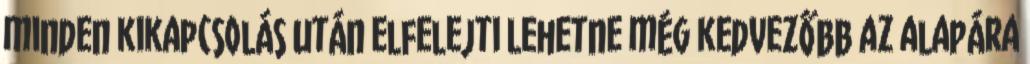
minden kikapcsolás után elfelejti Lehetne még kedvezőbb az alapára